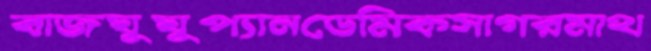
বাজঘুঘুপ্যানডেমিকসাগরমাথ